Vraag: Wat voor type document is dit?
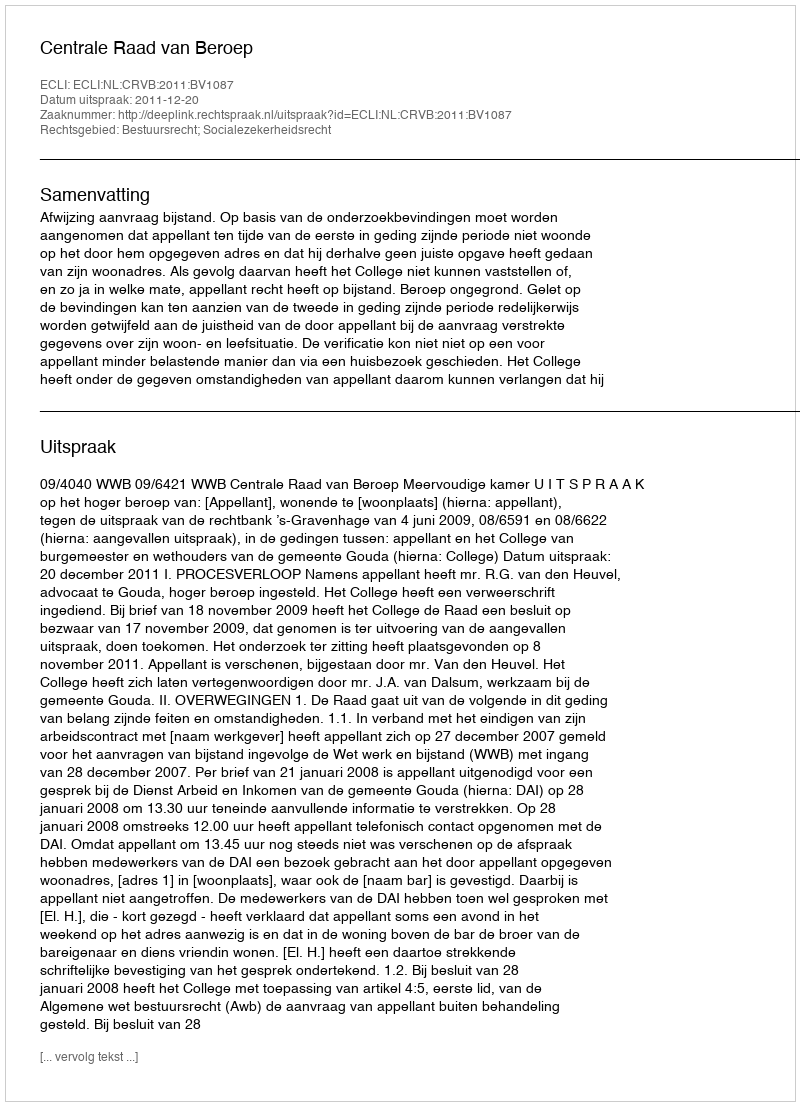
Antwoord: Uitspraak